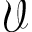
\mathcal { V }